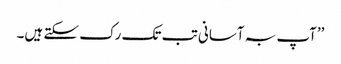
’’آپ بہ آسانی تب تک رک سکتے ہیں۔